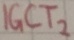
Text: IGCT2